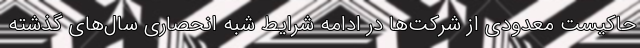
حاکیست معدودی از شرکت‌ها در ادامه شرایط شبه انحصاری سال‌های گذشته